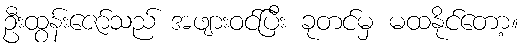
ဦးထွန်းဇော်သည် အဖျားဝင်ပြီး ခုတင်မှ မထနိုင်တော့။